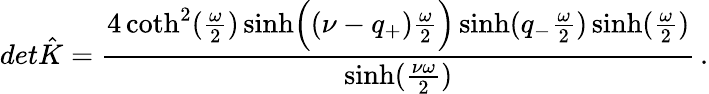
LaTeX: det\hat{K}={\frac{4\coth^{2}({\frac{\omega}{2}})\sinh\Bigl((\nu-q_{+}){\frac{\omega}{2}}\Bigr)\sinh(q_{-}{\frac{\omega}{2}})\sinh({\frac{\omega}{2}})}{\sinh({\frac{\nu\omega}{2}})}}\, .